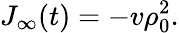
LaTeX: J_{\infty}(t)=-v\rho_{0}^{2}.